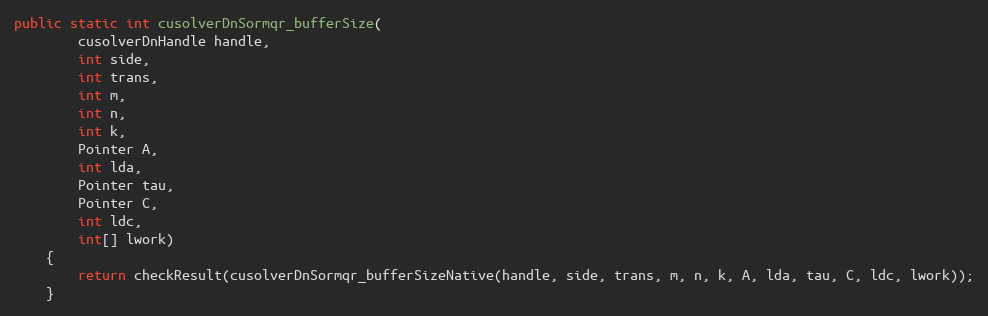
Language: Java
public static int cusolverDnSormqr_bufferSize(
        cusolverDnHandle handle,
        int side,
        int trans,
        int m,
        int n,
        int k,
        Pointer A,
        int lda,
        Pointer tau,
        Pointer C,
        int ldc,
        int[] lwork)
    {
        return checkResult(cusolverDnSormqr_bufferSizeNative(handle, side, trans, m, n, k, A, lda, tau, C, ldc, lwork));
    }